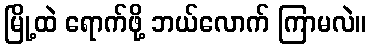
မြို့ထဲ ရောက်ဖို့ ဘယ်လောက် ကြာမလဲ။